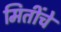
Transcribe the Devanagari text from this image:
मितींचे